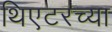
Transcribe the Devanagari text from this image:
थिएटरच्या